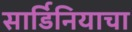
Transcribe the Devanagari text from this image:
सार्डिनियाचा